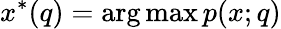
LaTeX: x^{*}(q)=\arg\operatorname*{max}p(x;q)